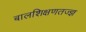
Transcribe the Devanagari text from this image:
बालशिक्षणतज्ज्ञ